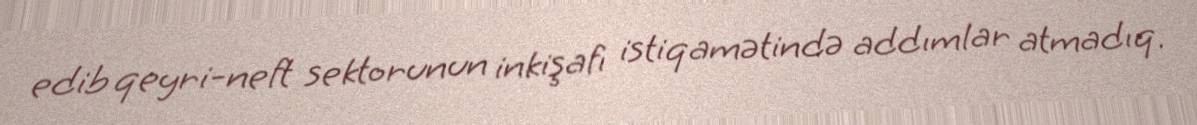
edib qeyri-neft sektorunun inkişafı istiqamətində addımlar atmadıq.